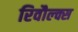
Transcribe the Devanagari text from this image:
रिवौल्क्स